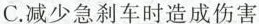
C.减少急刹车时造成伤害